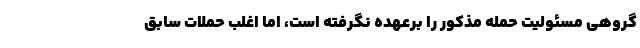
گروهی مسئولیت حمله مذکور را برعهده نگرفته است، اما اغلب حملات سابق